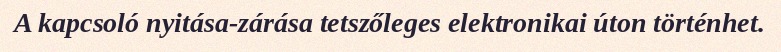
A kapcsoló nyitása-zárása tetszőleges elektronikai úton történhet.